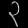
Digit: ၃